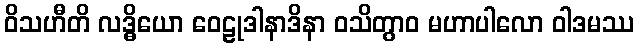
ဝိသဟီတိ လဒ္ဓိယော ဝေဠုဒါနာဒိနာ ဝသိတွာဝ မဟာပါလော ဝါဒမဿ